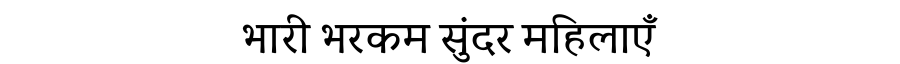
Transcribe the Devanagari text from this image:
भारी भरकम सुंदर महिलाएँ